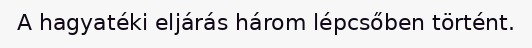
A hagyatéki eljárás három lépcsőben történt.